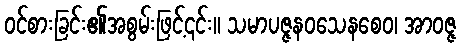
ဝင်စားခြင်း၏အစွမ်းဖြင့်၎င်း။ သမာပဇ္ဇနဝသေနစေဝ၊ အာဝဇ္ဇ